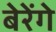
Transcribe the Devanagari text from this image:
बेरेंगे